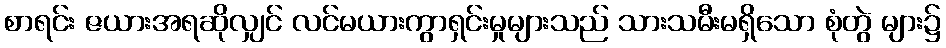
စာရင်း ဇယားအရဆိုလျှင် လင်မယားကွာရှင်းမှုများသည် သားသမီးမရှိသော စုံတွဲ များ၌